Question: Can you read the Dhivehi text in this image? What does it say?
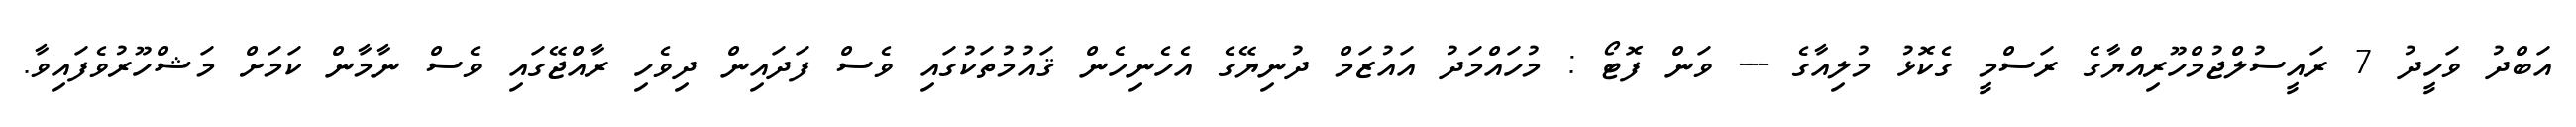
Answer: އަބްދު ވަހީދު 7 ރައީސުލްޖުމްހޫރިއްޔާގެ ރަސްމީ ގެކޮޅު މުލިއާގެ --- ވަން ފޮޓޯ : މުހައްމަދު އައުޒަމް ދުނިޔޭގެ އެހެނިހެން ޤައުމުތަކުގައި ވެސް ފަދައިން ދިވެހި ރާއްޖޭގައި ވެސް ނާމާން ކަމަށް މަޝްހޫރުވެފައިވާ.